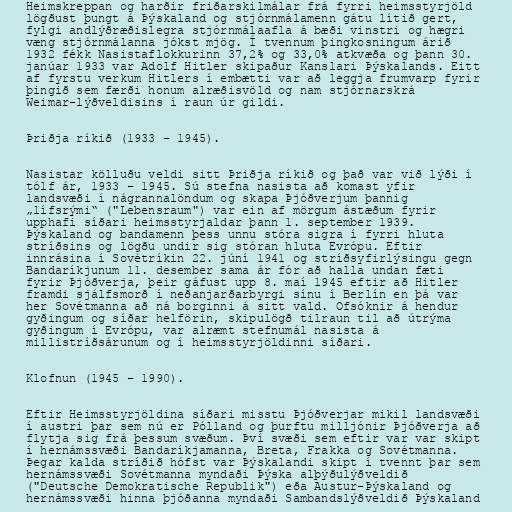
Heimskreppan og harðir friðarskilmálar frá fyrri heimsstyrjöld
lögðust þungt á Þýskaland og stjórnmálamenn gátu lítið gert,
fylgi andlýðræðislegra stjórnmálaafla á bæði vinstri og hægri
væng stjórnmálanna jókst mjög. Í tvennum þingkosningum árið
1932 fékk Nasistaflokkurinn 37,2% og 33,0% atkvæða og þann 30.
janúar 1933 var Adolf Hitler skipaður Kanslari Þýskalands. Eitt
af fyrstu verkum Hitlers í embætti var að leggja frumvarp fyrir
þingið sem færði honum alræðisvöld og nam stjórnarskrá
Weimar-lýðveldisins í raun úr gildi.

Þriðja ríkið (1933 – 1945).

Nasistar kölluðu veldi sitt Þriðja ríkið og það var við lýði í
tólf ár, 1933 – 1945. Sú stefna nasista að komast yfir
landsvæði í nágrannalöndum og skapa Þjóðverjum þannig
„lífsrými“ ("Lebensraum") var ein af mörgum ástæðum fyrir
upphafi síðari heimsstyrjaldar þann 1. september 1939.
Þýskaland og bandamenn þess unnu stóra sigra í fyrri hluta
stríðsins og lögðu undir sig stóran hluta Evrópu. Eftir
innrásina í Sovétríkin 22. júní 1941 og stríðsyfirlýsingu gegn
Bandaríkjunum 11. desember sama ár fór að halla undan fæti
fyrir Þjóðverja, þeir gáfust upp 8. maí 1945 eftir að Hitler
framdi sjálfsmorð í neðanjarðarbyrgi sínu í Berlín en þá var
her Sovétmanna að ná borginni á sitt vald. Ofsóknir á hendur
gyðingum og síðar helförin, skipulögð tilraun til að útrýma
gyðingum í Evrópu, var alræmt stefnumál nasista á
millistríðsárunum og í heimsstyrjöldinni síðari.

Klofnun (1945 – 1990).

Eftir Heimsstyrjöldina síðari misstu Þjóðverjar mikil landsvæði
í austri þar sem nú er Pólland og þurftu milljónir Þjóðverja að
flytja sig frá þessum svæðum. Því svæði sem eftir var var skipt
í hernámssvæði Bandaríkjamanna, Breta, Frakka og Sovétmanna.
Þegar kalda stríðið hófst var Þýskalandi skipt í tvennt þar sem
hernámssvæði Sovétmanna myndaði Þýska alþýðulýðveldið
("Deutsche Demokratische Republik") eða Austur-Þýskaland og
hernámssvæði hinna þjóðanna myndaði Sambandslýðveldið Þýskaland